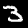
Digit: 3